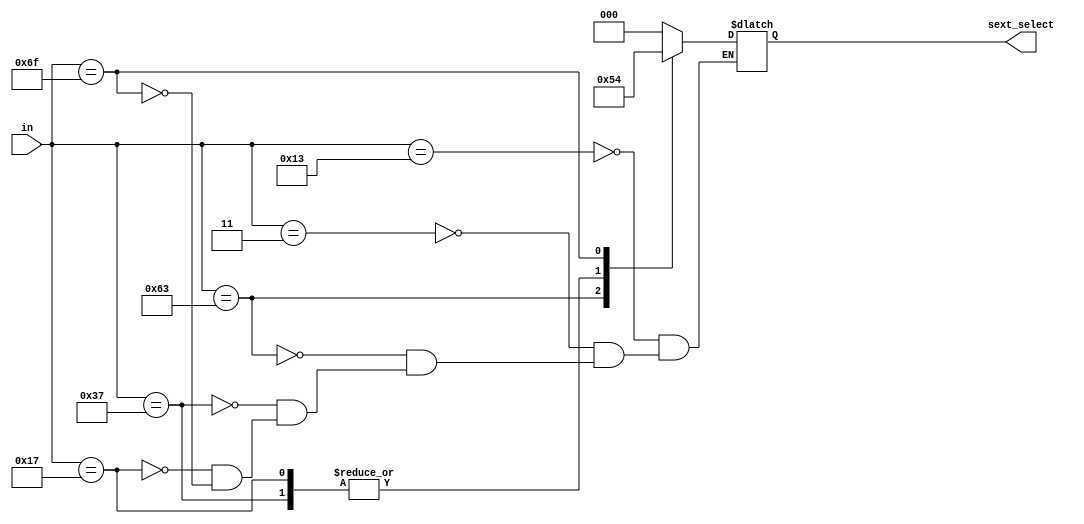
//decoder for sign extension for which type of sign extension has to be done
module decoder(in,sext_select);
		input[6:0] in;
		output[2:0] sext_select;
		reg[2:0] sext_select;
always @(*)
		begin
case(in)
		19:sext_select<=0;//itype  
		3:sext_select<=0;//i-type
		99:sext_select<=1;//b-type
		55:sext_select<=2;//u-type (aui)
		23:sext_select<=2;//u-type (auipc)
		3:sext_select<=3; // s-imm
		111:sext_select<=4;//j-type
endcase
end
endmodule